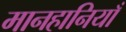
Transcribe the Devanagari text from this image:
मानहानियाँ